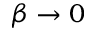
\beta \rightarrow 0